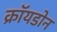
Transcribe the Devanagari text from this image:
क्रॉयडोन